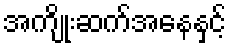
အကျိုးဆက်အနေနှင့်